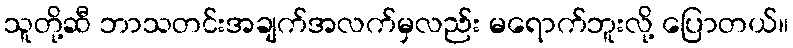
သူတို့ဆီ ဘာသတင်းအချက်အလက်မှလည်း မရောက်ဘူးလို့ ပြောတယ်။